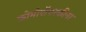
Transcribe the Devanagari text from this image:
कोमोरॉफ्स्कीना